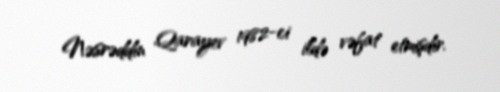
Nəsrəddin Qarayev 1982-ci ildə vəfat etmişdir.